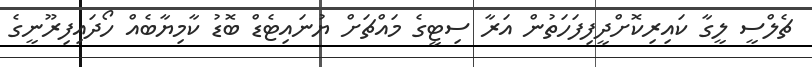
ޗެލްސީ ލީގާ ކައިރިކޮށްދީފިފަހަތުން އަރާ ސިޓީގެ މައްޗަށް ޔުނައިޓެޑް ބޮޑު ކާމިޔާބެއް ހޯދައިފިރޫނީގެ